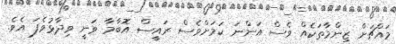
މައްޗަށް ޒިންމާތަކެއް ވެސް އަންނަ ކަމަށްވެސް ރައީސް އޮބާމާ ވަނީ ވިދާޅުވެފަ އެވެ.